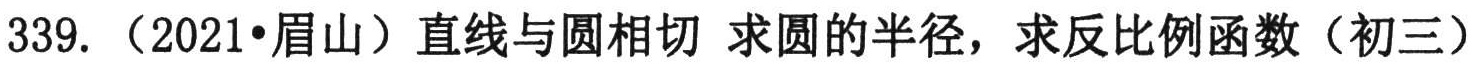
339. （2021•眉山）直线与圆相切 求圆的半径，求反比例函数（初三）